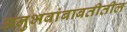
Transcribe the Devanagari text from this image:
अनुभवांबाबतीतील